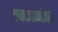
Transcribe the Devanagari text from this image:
तत्त्वज्ञानांवर